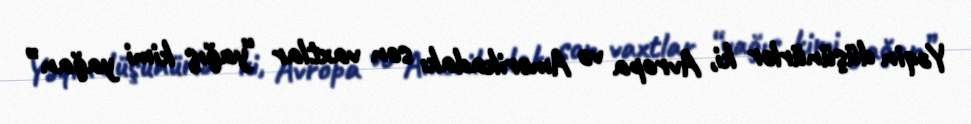
Yəqin düşünürlər ki, Avropa və Amerikadakı son vaxtlar “yağış kimi yağan”